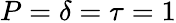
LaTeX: P=\delta=\tau=1